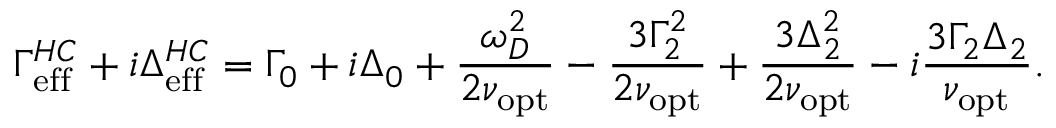
\Gamma _ { \mathrm { e f f } } ^ { H C } + i \Delta _ { \mathrm { e f f } } ^ { H C } = \Gamma _ { 0 } + i \Delta _ { 0 } + \frac { \omega _ { D } ^ { 2 } } { 2 \nu _ { \mathrm { o p t } } } - \frac { 3 \Gamma _ { 2 } ^ { 2 } } { 2 \nu _ { \mathrm { o p t } } } + \frac { 3 \Delta _ { 2 } ^ { 2 } } { 2 \nu _ { \mathrm { o p t } } } - i \frac { 3 \Gamma _ { 2 } \Delta _ { 2 } } { \nu _ { \mathrm { o p t } } } .